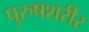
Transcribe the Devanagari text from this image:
पुरुषशरीर